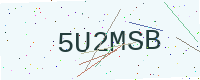
Text: 5U2MSB